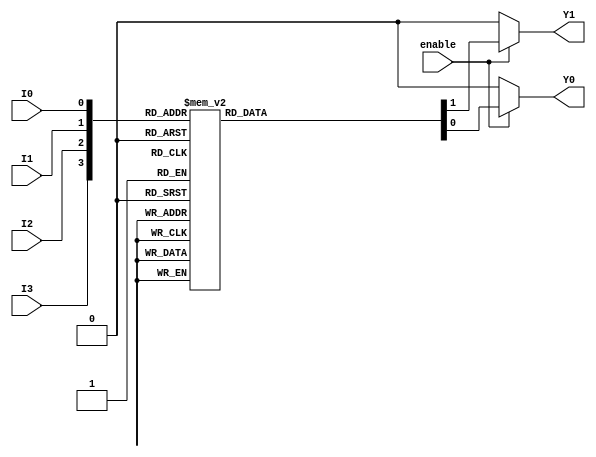
module encoder_4to2 (
    input wire I0,       // Input 0
    input wire I1,       // Input 1
    input wire I2,       // Input 2
    input wire I3,       // Input 3
    input wire enable,   // Enable signal
    output reg Y0,       // Output 0
    output reg Y1        // Output 1
);

always @(*) begin
    if (!enable) begin
        // When not enabled, output can be set to a defined state
        Y0 = 1'b0;
        Y1 = 1'b0;
    end else begin
        // Priority encoder logic
        case ({I3, I2, I1, I0})
            4'b0000: begin
                Y0 = 1'b0; // No active input
                Y1 = 1'b0;
            end
            4'b0001: begin
                Y0 = 1'b0; // Output: 00
                Y1 = 1'b0;
            end
            4'b0010: begin
                Y0 = 1'b1; // Output: 01
                Y1 = 1'b0;
            end
            4'b0100: begin
                Y0 = 1'b0; // Output: 10
                Y1 = 1'b1;
            end
            4'b1000: begin
                Y0 = 1'b1; // Output: 11
                Y1 = 1'b1;
            end
            4'b0011: begin
                Y0 = 1'b1; // Output: 01
                Y1 = 1'b0;
            end
            4'b0110: begin
                Y0 = 1'b0; // Output: 10
                Y1 = 1'b1;
            end
            4'b1100: begin
                Y0 = 1'b1; // Output: 11
                Y1 = 1'b1;
            end
            4'b1110: begin
                Y0 = 1'b1; // Output: 11
                Y1 = 1'b1;
            end
            4'b1101: begin
                Y0 = 1'b1; // Output: 11
                Y1 = 1'b1;
            end
            4'b1011: begin
                Y0 = 1'b1; // Output: 11
                Y1 = 1'b1;
            end
            4'b0111: begin
                Y0 = 1'b1; // Output: 11
                Y1 = 1'b1;
            end
            4'b1111: begin
                Y0 = 1'b1; // Output: 11
                Y1 = 1'b1;
            end
            default: begin
                Y0 = 1'b0; // Default case (should not happen)
                Y1 = 1'b0;
            end
        endcase
    end
end

endmodule